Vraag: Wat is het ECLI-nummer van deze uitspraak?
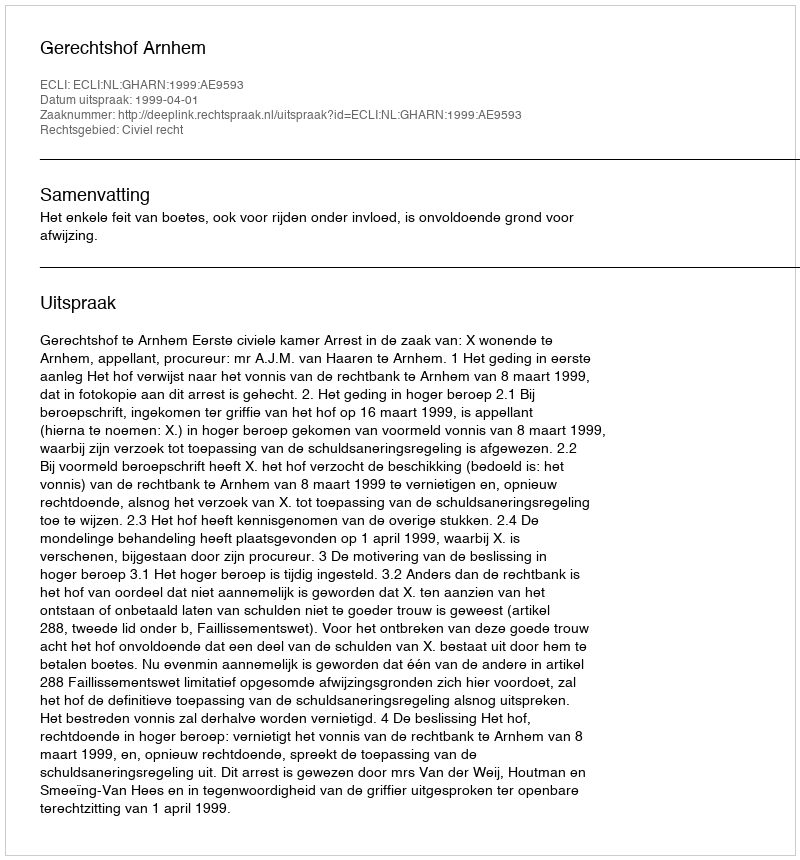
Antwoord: ECLI:NL:GHARN:1999:AE9593